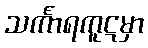
သင်္ကာရကူဋမှာ